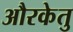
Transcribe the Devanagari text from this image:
औरकेतु